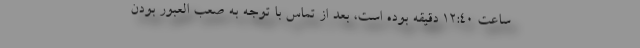
ساعت ۱۲:۴۰ دقیقه بوده است، بعد از تماس با توجه به صعب العبور بودن